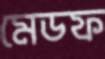
মেডফ